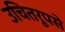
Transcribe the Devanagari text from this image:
उचितरूपसे